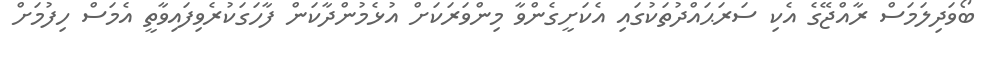
ބޯވަދިލަމަސް ރާއްޖޭގެ އެކި ސަރަޙައްދުތަކުގައި އެކަށީގެންވާ މިންވަރަކަށް އުޅެމުންދާކަން ފާހަގަކުރެވިފައިވާތީ އެމަސް ހިފުމަށް